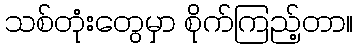
သစ်တုံးတွေမှာ စိုက်ကြည့်တာ။